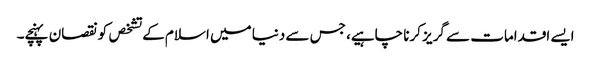
ایسے اقدامات سے گریز کرنا چاہیے، جس سے دنیا میں اسلام کے تشخص کونقصان پہنچے۔